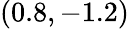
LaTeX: (0.8,-1.2)